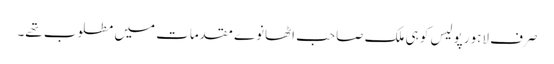
صرف لاہور پولیس کو ہی ملک صاحب اٹھانوے مقدمات میں مطلوب تھے۔